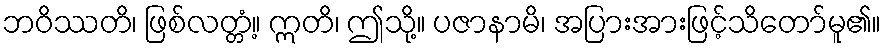
ဘဝိဿတိ၊ ဖြစ်လတ္တံ့။ ဣတိ၊ ဤသို့။ ပဇာနာမိ၊ အပြားအားဖြင့်သိတော်မူ၏။